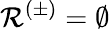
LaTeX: \mathcal{R}^{(\pm)}=\emptyset